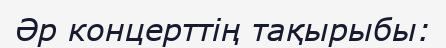
Әр концерттің тақырыбы: